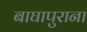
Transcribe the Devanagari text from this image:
बाघापुराना